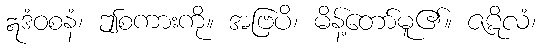
ဣဒံဝစနံ၊ ဤစကားကို။ အဗြပိ၊ မိန့်တော်မူ၏။ ဇဋိလံ၊